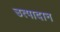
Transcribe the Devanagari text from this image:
उत्पादान